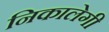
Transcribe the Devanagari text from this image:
निकालेगी